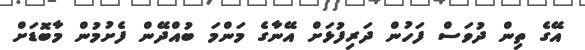
އޭގެ ތިން ދުވަސް ފަހުން ދަރިފުޅަށް އޭނާގެ މަންމަ ބުއްދޭން ފެށުމުން މާބޮޑަށް